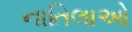
નાતિલાઓ